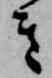
き